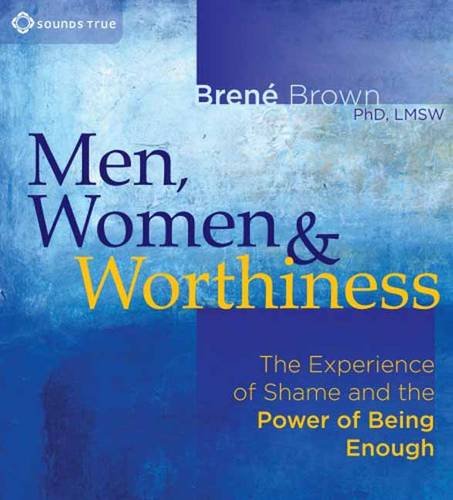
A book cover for Men, Women, and Worthiness: The Experience of Shame and the Power of Being Enough; BrenÃ© Brown; Self-Help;